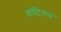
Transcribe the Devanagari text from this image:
कोटियथ